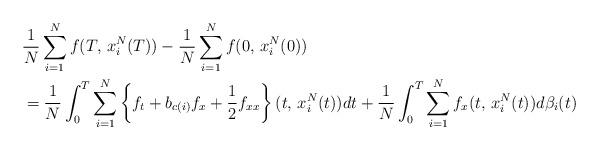
LaTeX: \begin{align*} & \frac{1}{N}\sum_{i=1}^{N}f(T,\,x_{i}^{N}(T))-\frac{1}{N}\sum_{i=1}^{N}f(0,\,x_{i}^{N}(0))\\ & =\frac{1}{N}\int_{0}^{T}\sum_{i=1}^{N}\left\{ f_{t}+b_{c(i)}f_{x}+\frac{1}{2}f_{xx}\right\} (t,\,x_{i}^{N}(t))dt+\frac{1}{N}\int_{0}^{T}\sum_{i=1}^{N}f_{x}(t,\,x_{i}^{N}(t))d\beta_{i}(t)\end{align*}